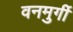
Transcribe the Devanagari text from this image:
वनमुर्गी